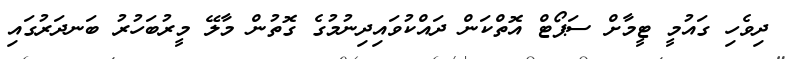
ދިވެހި ގައުމީ ޓީމާށް ސަޕޯޓް އޮތްކަން ދައްކުވައިދިނުމުގެ ގޮތުން މާލޭ މީރުބަހުރު ބަނދަރުގައި